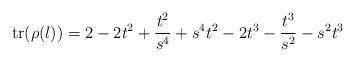
LaTeX: \begin{align*}\mathrm{tr}(\rho(l))=2-2t^2+\frac{t^2}{s^4}+s^4 t^2-2 t^3-\frac{t^3}{s^2}-s^2 t^3\end{align*}